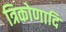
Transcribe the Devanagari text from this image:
त्रिकोणादि